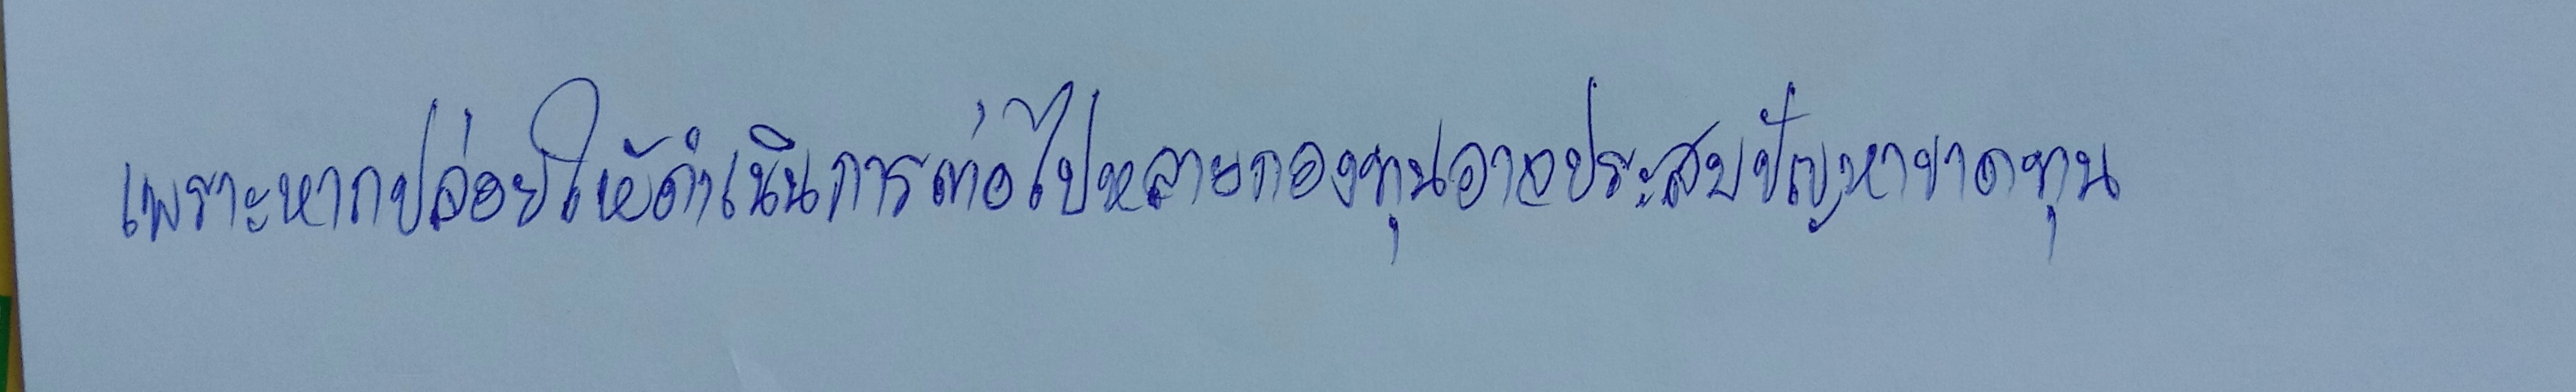
เพราะหากปล่อยให้ดำเนินการต่อไปหลายกองทุนอาจประสบปัญหาขาดทุน